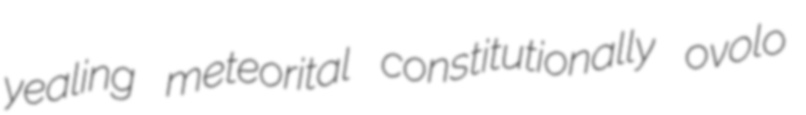
yealing meteorital constitutionally ovolo